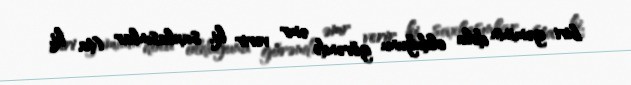
biri gəminin dolu olduğunu görəndə əmr verir ki, saxlasınlar (ta ki,